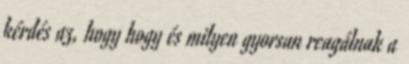
kérdés az, hogy hogy és milyen gyorsan reagálnak a